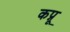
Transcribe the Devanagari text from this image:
कप्नू